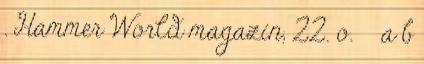
. Hammer World magazin, 22. o. ↑ a b